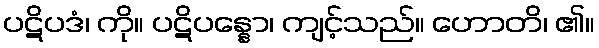
ပဋိပဒံ၊ ကို။ ပဋိပန္နော၊ ကျင့်သည်။ ဟောတိ၊ ၏။